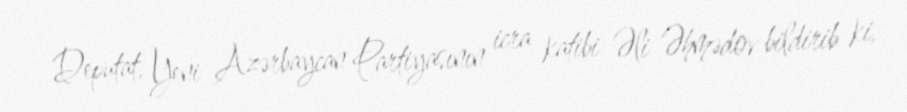
Deputat, Yeni Azərbaycan Partiyasının icra katibi Əli Əhmədov bildirib ki,